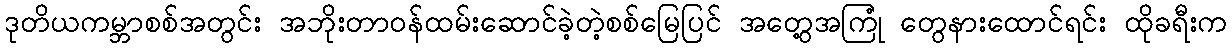
ဒုတိယကမ္ဘာစစ်အတွင်း အဘိုးတာဝန်ထမ်းဆောင်ခဲ့တဲ့စစ်မြေပြင် အတွေ့အကြုံ တွေနားထောင်ရင်း ထိုခရီးက